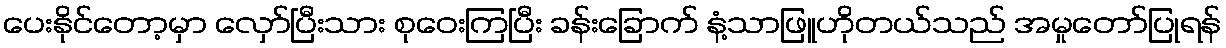
ပေးနိုင်တော့မှာ လှော်ပြီးသား စုဝေးကြပြီး ခန်းခြောက် နံ့သာဖြူဟိုတယ်သည် အမှုတော်ပြုရန်